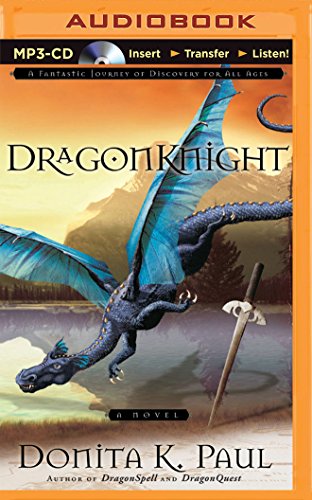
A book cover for DragonKnight (DragonKeeper Chronicles); Donita K. Paul; Christian Books & Bibles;